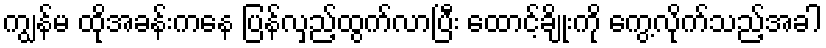
ကျွန်မ ထိုအခန်းကနေ ပြန်လှည့်ထွက်လာပြီး ထောင့်ချိုးကို ကွေ့လိုက်သည့်အခါ